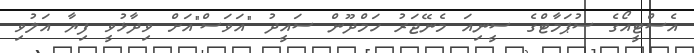
އެސްޓީއޯގެ ސުޕަމާޓްގެ ސީނިއަ މެނޭޖަރު ހަމްދޫން ސައީދު "އަވަސް"އަށް ވިދާޅުވީ ފިޔާ އަލުވި